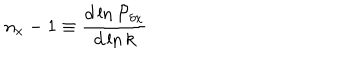
n _ { x } - 1 \equiv { \frac { d \ln { \cal P } _ { \delta x } } { d \ln k } }